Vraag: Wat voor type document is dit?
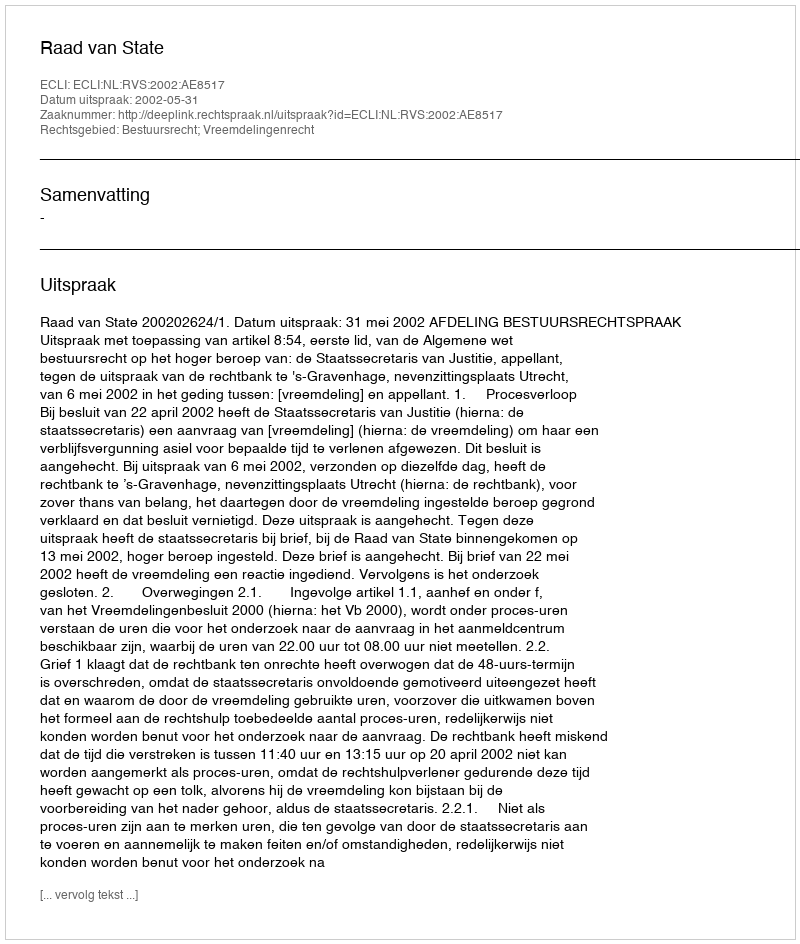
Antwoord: Uitspraak